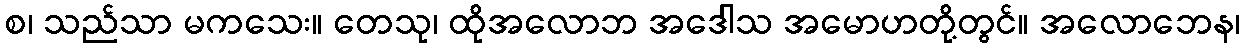
စ၊ သည်သာ မကသေး။ တေသု၊ ထိုအလောဘ အဒေါသ အမောဟတို့တွင်။ အလောဘေန၊